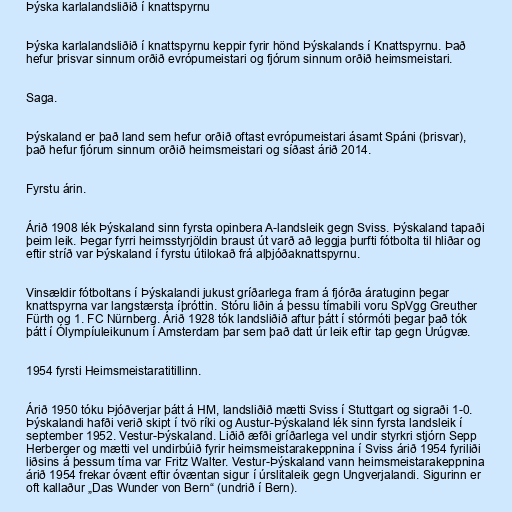
Þýska karlalandsliðið í knattspyrnu

Þýska karlalandsliðið í knattspyrnu keppir fyrir hönd Þýskalands í Knattspyrnu. Það
hefur þrisvar sinnum orðið evrópumeistari og fjórum sinnum orðið heimsmeistari.

Saga.

Þýskaland er það land sem hefur orðið oftast evrópumeistari ásamt Spáni (þrisvar),
það hefur fjórum sinnum orðið heimsmeistari og síðast árið 2014.

Fyrstu árin.

Árið 1908 lék Þýskaland sinn fyrsta opinbera A-landsleik gegn Sviss. Þýskaland tapaði
þeim leik. Þegar fyrri heimsstyrjöldin braust út varð að leggja þurfti fótbolta til hliðar og
eftir stríð var Þýskaland í fyrstu útilokað frá alþjóðaknattspyrnu.

Vinsældir fótboltans í Þýskalandi jukust gríðarlega fram á fjórða áratuginn þegar
knattspyrna var langstærsta íþróttin. Stóru liðin á þessu tímabili voru SpVgg Greuther
Fürth og 1. FC Nürnberg. Árið 1928 tók landsliðið aftur þátt í stórmóti þegar það tók
þátt í Ólympíuleikunum í Amsterdam þar sem það datt úr leik eftir tap gegn Úrúgvæ.

1954 fyrsti Heimsmeistaratitillinn.

Árið 1950 tóku Þjóðverjar þátt á HM, landsliðið mætti Sviss í Stuttgart og sigraði 1-0.
Þýskalandi hafði verið skipt í tvö ríki og Austur-Þýskaland lék sinn fyrsta landsleik í
september 1952. Vestur-Þýskaland. Liðið æfði gríðarlega vel undir styrkri stjórn Sepp
Herberger og mætti vel undirbúið fyrir heimsmeistarakeppnina í Sviss árið 1954 fyriliði
liðsins á þessum tíma var Fritz Walter. Vestur-Þýskaland vann heimsmeistarakeppnina
árið 1954 frekar óvænt eftir óvæntan sigur í úrslitaleik gegn Ungverjalandi. Sigurinn er
oft kallaður „Das Wunder von Bern“ (undrið í Bern).